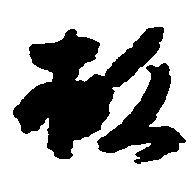
救